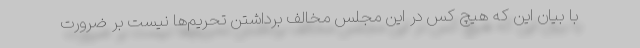
با بیان این که هیچ کس در این مجلس مخالف برداشتن تحریم‌ها نیست بر ضرورت